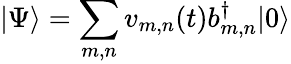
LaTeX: \left|\Psi\right\rangle=\sum_{m,n}v_{m,n}(t)b_{m,n}^{\dagger}|0\rangle